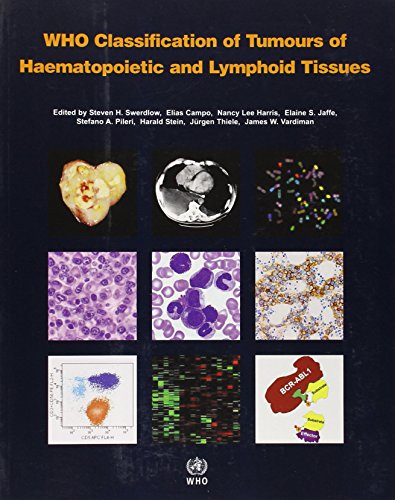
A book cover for WHO Classification of Tumours of Haematopoietic and Lymphoid Tissue (IARC WHO Classification of Tumours); The International Agency for Research on Cancer; Medical Books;